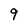
Character: 9